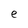
Character: e